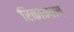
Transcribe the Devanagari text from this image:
रिकाम्याच